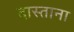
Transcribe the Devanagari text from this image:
दास्ताना